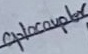
Text: Optocoupler